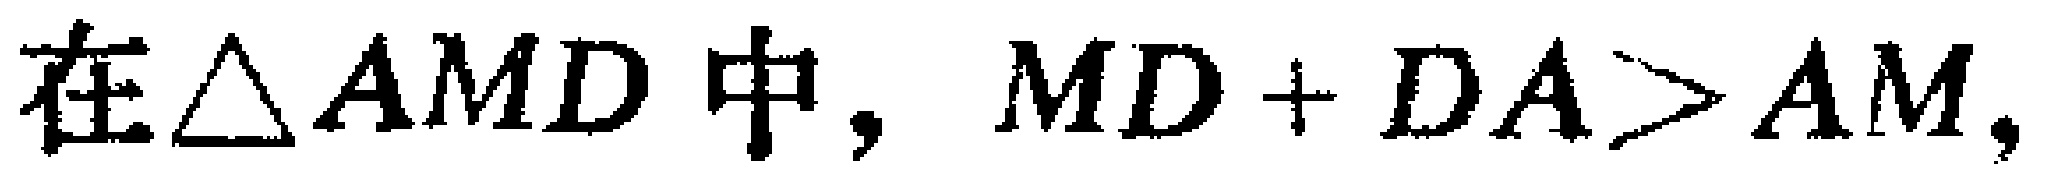
在$\triangle AMD$中, $MD + DA>AM$,